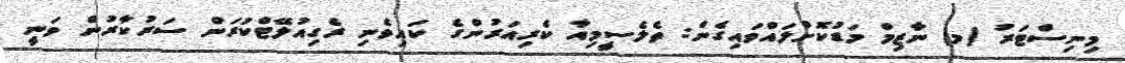
މިނިސްޓަރު (މ) ނާޒިމް މަޑުކޮށްލައްވައިގެން: ތެލެސީމިއާ ކެރިއަރުންގެ ކައިވެނި ރެގިއުލޭޓްކުރަން ސަރުކާރުން ވަނީ